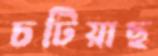
চটিয়াছ